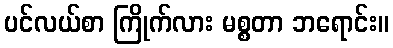
ပင်လယ်စာ ကြိုက်လား မစ္စတာ ဘရောင်း။